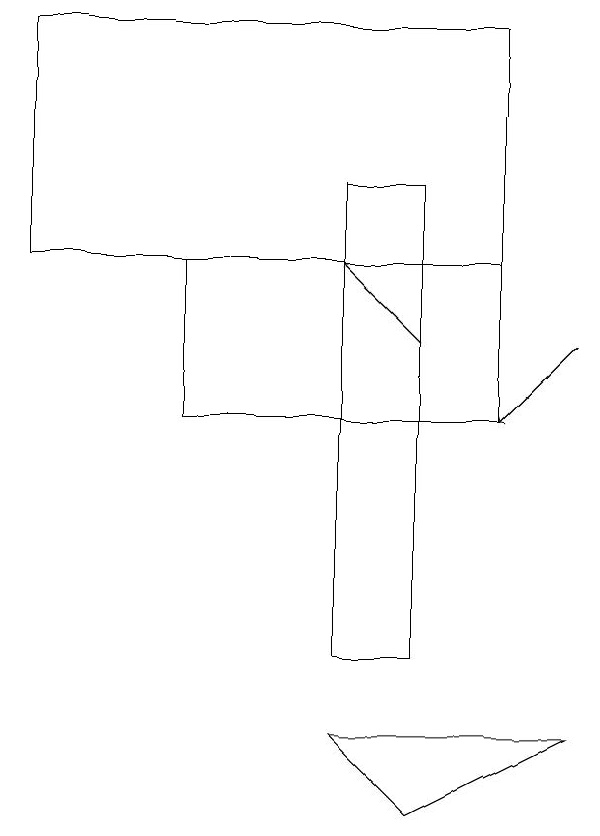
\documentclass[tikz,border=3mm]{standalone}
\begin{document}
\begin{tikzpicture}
\draw[->] (6,14) -- (5,15);
\draw (6,16) rectangle (5,10);
\draw (6,8) -- (8,9) -- (5,9) -- cycle;
\draw[->] (8,14) -- (7,13);
\draw (1,15) rectangle (7,18);
\draw (7,15) rectangle (3,13);
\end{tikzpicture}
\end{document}